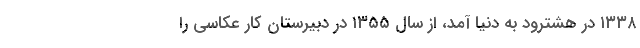
۱۳۳۸ در هشترود به دنیا آمد، از سال ۱۳۵۵ در دبیرستان‌ کار عکاسی را